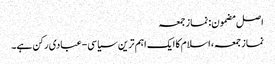
اصل مضمون: نماز جمعہ
نماز جمعہ، اسلام کا ایک اہم ترین سیاسی-عبادی رکن ہے۔